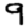
Digit: 9